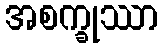
အစက္ခုဿာ